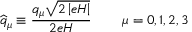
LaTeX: \widehat { q } _ { \mu } \equiv \frac { q _ { \mu } \sqrt { 2 \left| e H \right| } } { 2 e H } \, \qquad \mu = 0 , 1 , 2 , 3